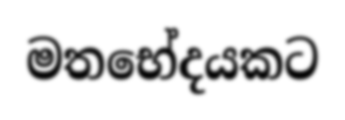
මතභේදයකට